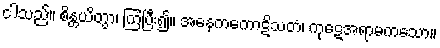
ငါသည်။ စိန္တယိတွာ၊ ကြံပြီး၍။ အနေကကောဋိသတံ၊ ကုဋေအရာမကသော။